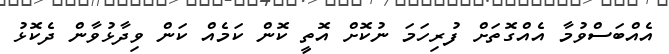
އެއްބަސްވުމާ އެއްގޮތަށް ފުރިހަމަ ނުކޮށް އޮތީ ކޮން ކަމެއް ކަން ވިދާޅުވާން ދެކޮޅު